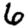
Digit: 6